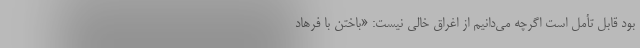
بود قابل تأمل است اگرچه می‌دانیم از اغراق خالی نیست: «باختن با فرهاد